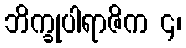
ဘိက္ခုပါရာဇိက ၄၊